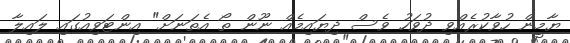
ޔާމީން ހުވާކުރެއްވި ދުވަހު ވެސް ދިޔައިމެއް ނޫން ތޯ އެތަނަށް" އިންޓަވިއުގައި ލައިލާ